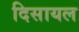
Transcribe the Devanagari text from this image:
दिसायल